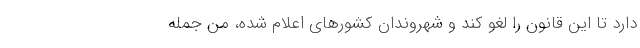
دارد تا این قانون را لغو کند و شهروندان کشورهای اعلام شده، من جمله